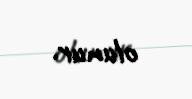
olunur.